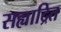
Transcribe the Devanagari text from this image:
सह्याद्रित